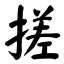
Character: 搓